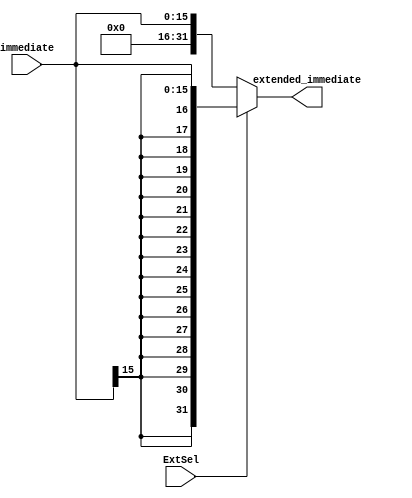
module ext (
	input [15:0] immediate, 
	input ExtSel, 
	output [31:0] extended_immediate
    );
	assign extended_immediate = (ExtSel)?{{16{immediate[15]}}, immediate[15:0]}
											:{{16{1'b0}}, immediate[15:0]};
endmodule